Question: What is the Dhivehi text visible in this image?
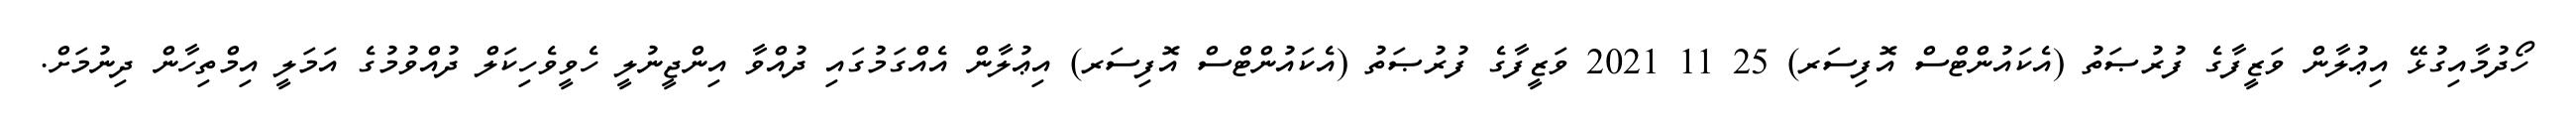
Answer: ހޯދުމާއިގުޅޭ އިޢުލާން ވަޒީފާގެ ފުރުޞަތު (އެކައުންޓްސް އޮފިސަރ) 25 11 2021 ވަޒީފާގެ ފުރުޞަތު (އެކައުންޓްސް އޮފިސަރ) އިޢުލާން އެއްގަމުގައި ދުއްވާ އިންޖީނުލީ ހެވީވެހިކަލް ދުއްވުމުގެ އަމަލީ އިމްތިހާން ދިނުމަށް.